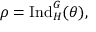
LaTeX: \rho = { \mathrm { I n d } } _ { H } ^ { G } ( \theta ) ,